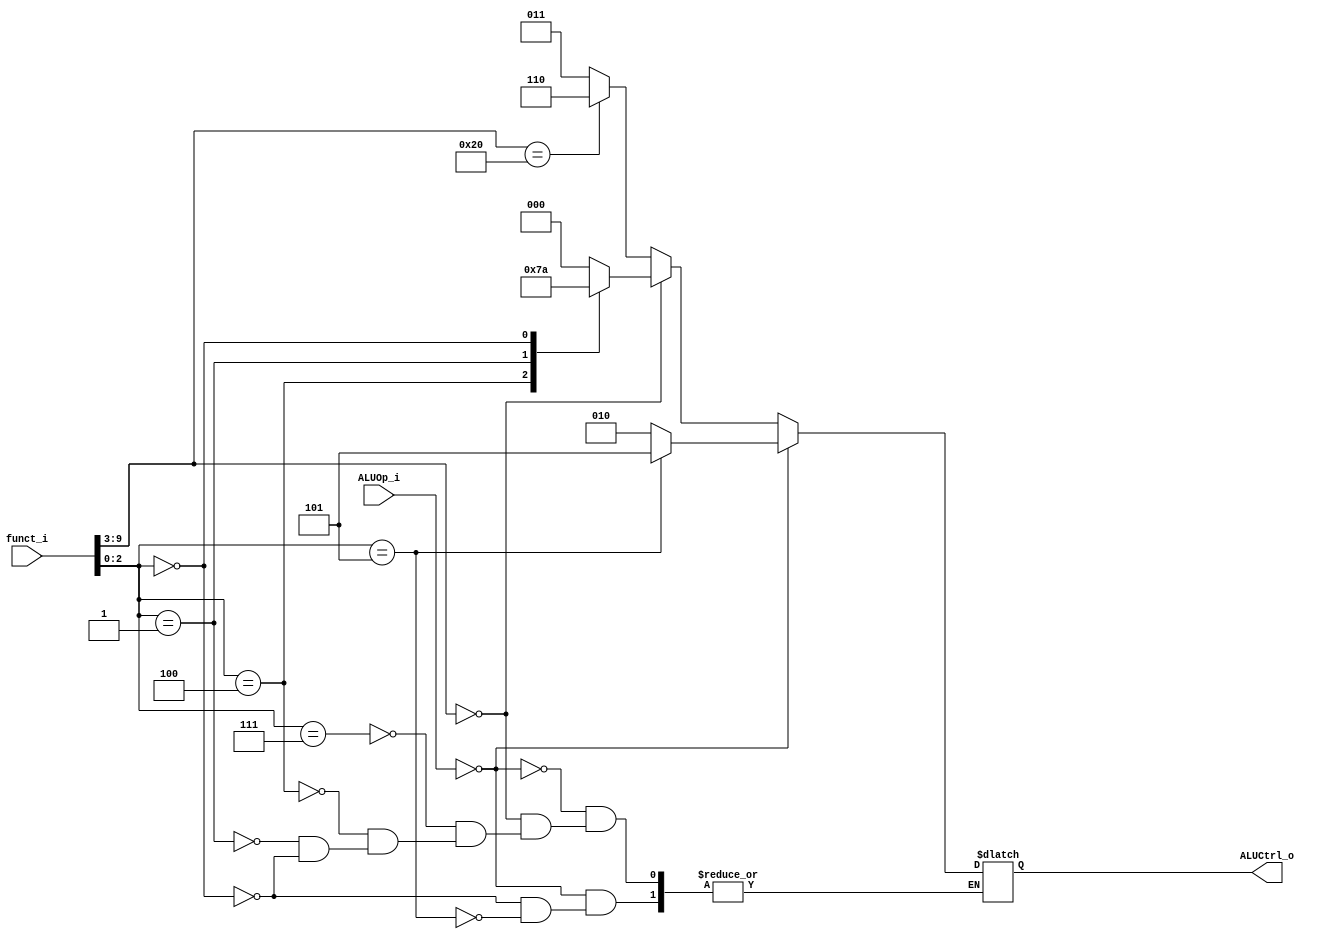
module ALU_Control (
    funct_i,
    ALUOp_i,
    ALUCtrl_o
);

input [9:0] funct_i; //[9:3] is funct7, [2:0] is funct3
input [1:0] ALUOp_i;
output [2:0] ALUCtrl_o;

reg [2:0] ALUCtrl_o;
wire [6:0] funct7;
wire [2:0] funct3;

assign funct7 = funct_i[9:3];
assign funct3 = funct_i[2:0];

always @(funct_i or ALUOp_i or funct7 or funct3) begin
    if(ALUOp_i==2'b00) begin// I-type
        case (funct3)
        3'b000: ALUCtrl_o <= 3'b010; // addi 
        3'b101: ALUCtrl_o <= 3'b101; // srai 
        endcase
    end
    else begin
                 // R-type
        if (funct7 == 7'b0000000) begin // and, xor, sll, add
            case (funct3)
            3'b111: ALUCtrl_o <= 3'b000; // and 
            3'b100: ALUCtrl_o <= 3'b001; // xor
            3'b001: ALUCtrl_o <= 3'b111; // sll
            3'b000: ALUCtrl_o <= 3'b010; // add
            endcase
        end
        else begin
            if (funct7 == 7'b0100000) // sub
                ALUCtrl_o <= 3'b110;
            else                      // mul
                ALUCtrl_o <= 3'b011;           
        end
    end
end

endmodule